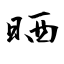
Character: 晒